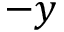
- y